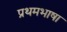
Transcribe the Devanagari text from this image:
प्रथमभाषा